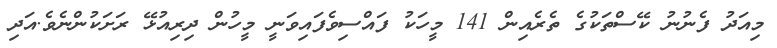
މިއަދު ފެނުނު ކޭސްތަކުގެ ތެރެއިން 141 މީހަކު ފައްސިވެފައިވަނީ މީހުން ދިރިއުޅޭ ރަށަކުންނެވެ.އަދި